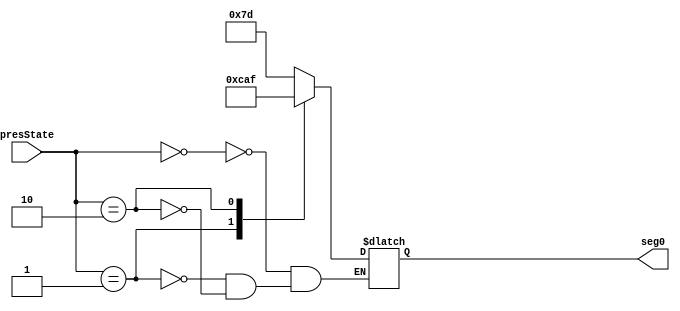
module DisplayManager(presState, seg0);
	 input [1:0 ]presState;
	 output reg [6:0] seg0;

	 always@(*)begin
		case(presState) 
			2'b00 : seg0 = 7'b1111101; //green
			2'b01 : seg0 = 7'b0011001; //yellow
			2'b10 : seg0 = 7'b0101111;  //r; //red
		endcase
	 end
endmodule